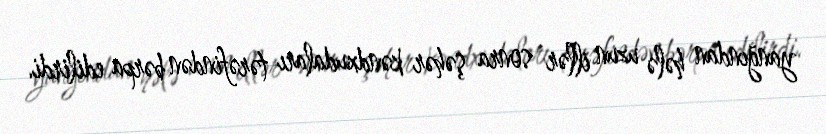
yanğından hələ uzun illər sonra şəhər kəndxudaları tərəfindən bərpa edilirdi.